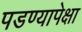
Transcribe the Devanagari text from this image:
पडण्यापेक्षा